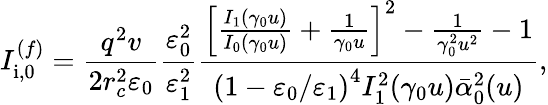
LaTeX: I_{\mathrm{i},0}^{(f)}=\frac{q^{2}v}{2r_{c}^{2}\varepsilon_{0}}\frac{\varepsilon_{0}^{2}}{\varepsilon_{1}^{2}}\frac{\left[\frac{I_{1}(\gamma_{0}u)}{I_{0}(\gamma_{0}u)}+\frac{1}{\gamma_{0}u}\right]^{2}-\frac{1}{\gamma_{0}^{2}u^{2}}-1}{\left(1-\varepsilon_{0}/\varepsilon_{1}\right)^{4}I_{1}^{2}(\gamma_{0}u)\bar{\alpha}_{0}^{2}(u)},